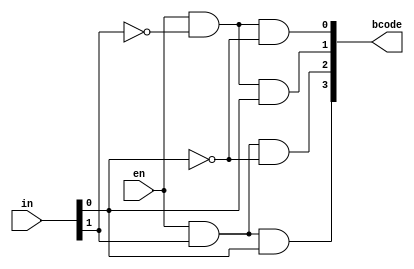
// 2-to-4 binary decoder

module decoder_2to4
    (
    input  wire      en,
    input  wire[1:0] in,
    output wire[3:0] bcode
    );
    
    assign bcode[0] = en & ~in[1] & ~in[0];
    assign bcode[1] = en & ~in[1] & in[0];
    assign bcode[2] = en & in[1] & ~in[0];
    assign bcode[3] = en & in[1] & in[0];

endmodule